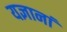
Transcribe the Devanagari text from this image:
यज्ञानां